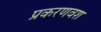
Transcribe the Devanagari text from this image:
प्रकरणवश